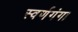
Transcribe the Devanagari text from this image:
स्वर्णगंगा